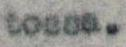
tossa.